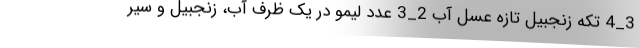
3_4 تکه زنجبیل تازه عسل آب 2_3 عدد لیمو در یک ظرف آب، زنجبیل و سیر